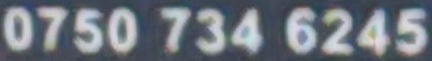
0750 734 6245